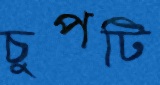
চুপটি